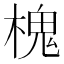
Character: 槐